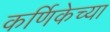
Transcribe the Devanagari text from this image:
कर्णिकेच्या